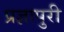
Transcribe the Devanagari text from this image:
प्रज्ञापुरी